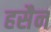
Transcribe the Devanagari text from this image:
हसैन